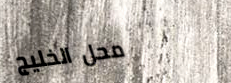
محل الخليج